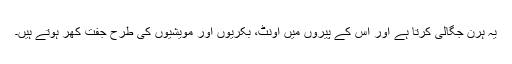
یہ ہرن جگالی کرتا ہے اور اس کے پیروں میں اونٹ، بکریوں اور مویشیوں کی طرح جفت کھر ہوتے ہیں۔